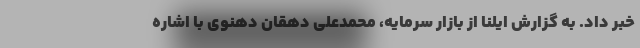
خبر داد. به گزارش ایلنا از بازار سرمایه، محمدعلی دهقان دهنوی با اشاره